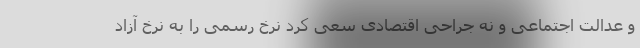
و عدالت اجتماعی و نه جراحی اقتصادی سعی کرد نرخ رسمی را به نرخ آزاد